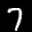
Label: 7